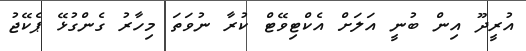
އުރީދޫ އިން ބުނީ އަލަށް އެކްޓިވޭޓް ކުރާ ނުވަތަ މިހާރު ގެންގުޅޭ ޕެކޭޖު